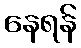
နေရန်